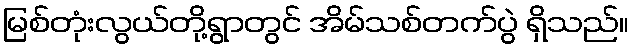
မြစ်တုံးလွယ်တို့ရွာတွင် အိမ်သစ်တက်ပွဲ ရှိသည်။